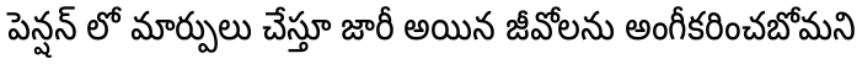
పెన్షన్ లో మార్పులు చేస్తూ జారీ అయిన జీవోలను అంగీకరించబోమని